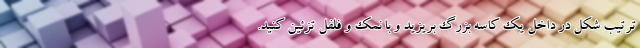
ترتیب شکل در داخل یک کاسه بزرگ بریزید و با نمک و فلفل تزئین کنید.